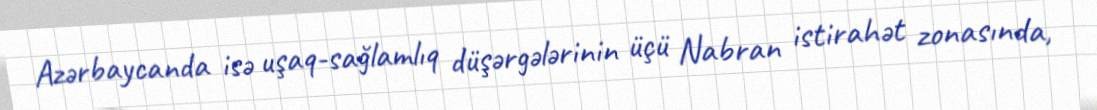
Azərbaycanda isə uşaq-sağlamlıq düşərgələrinin üçü Nabran istirahət zonasında,